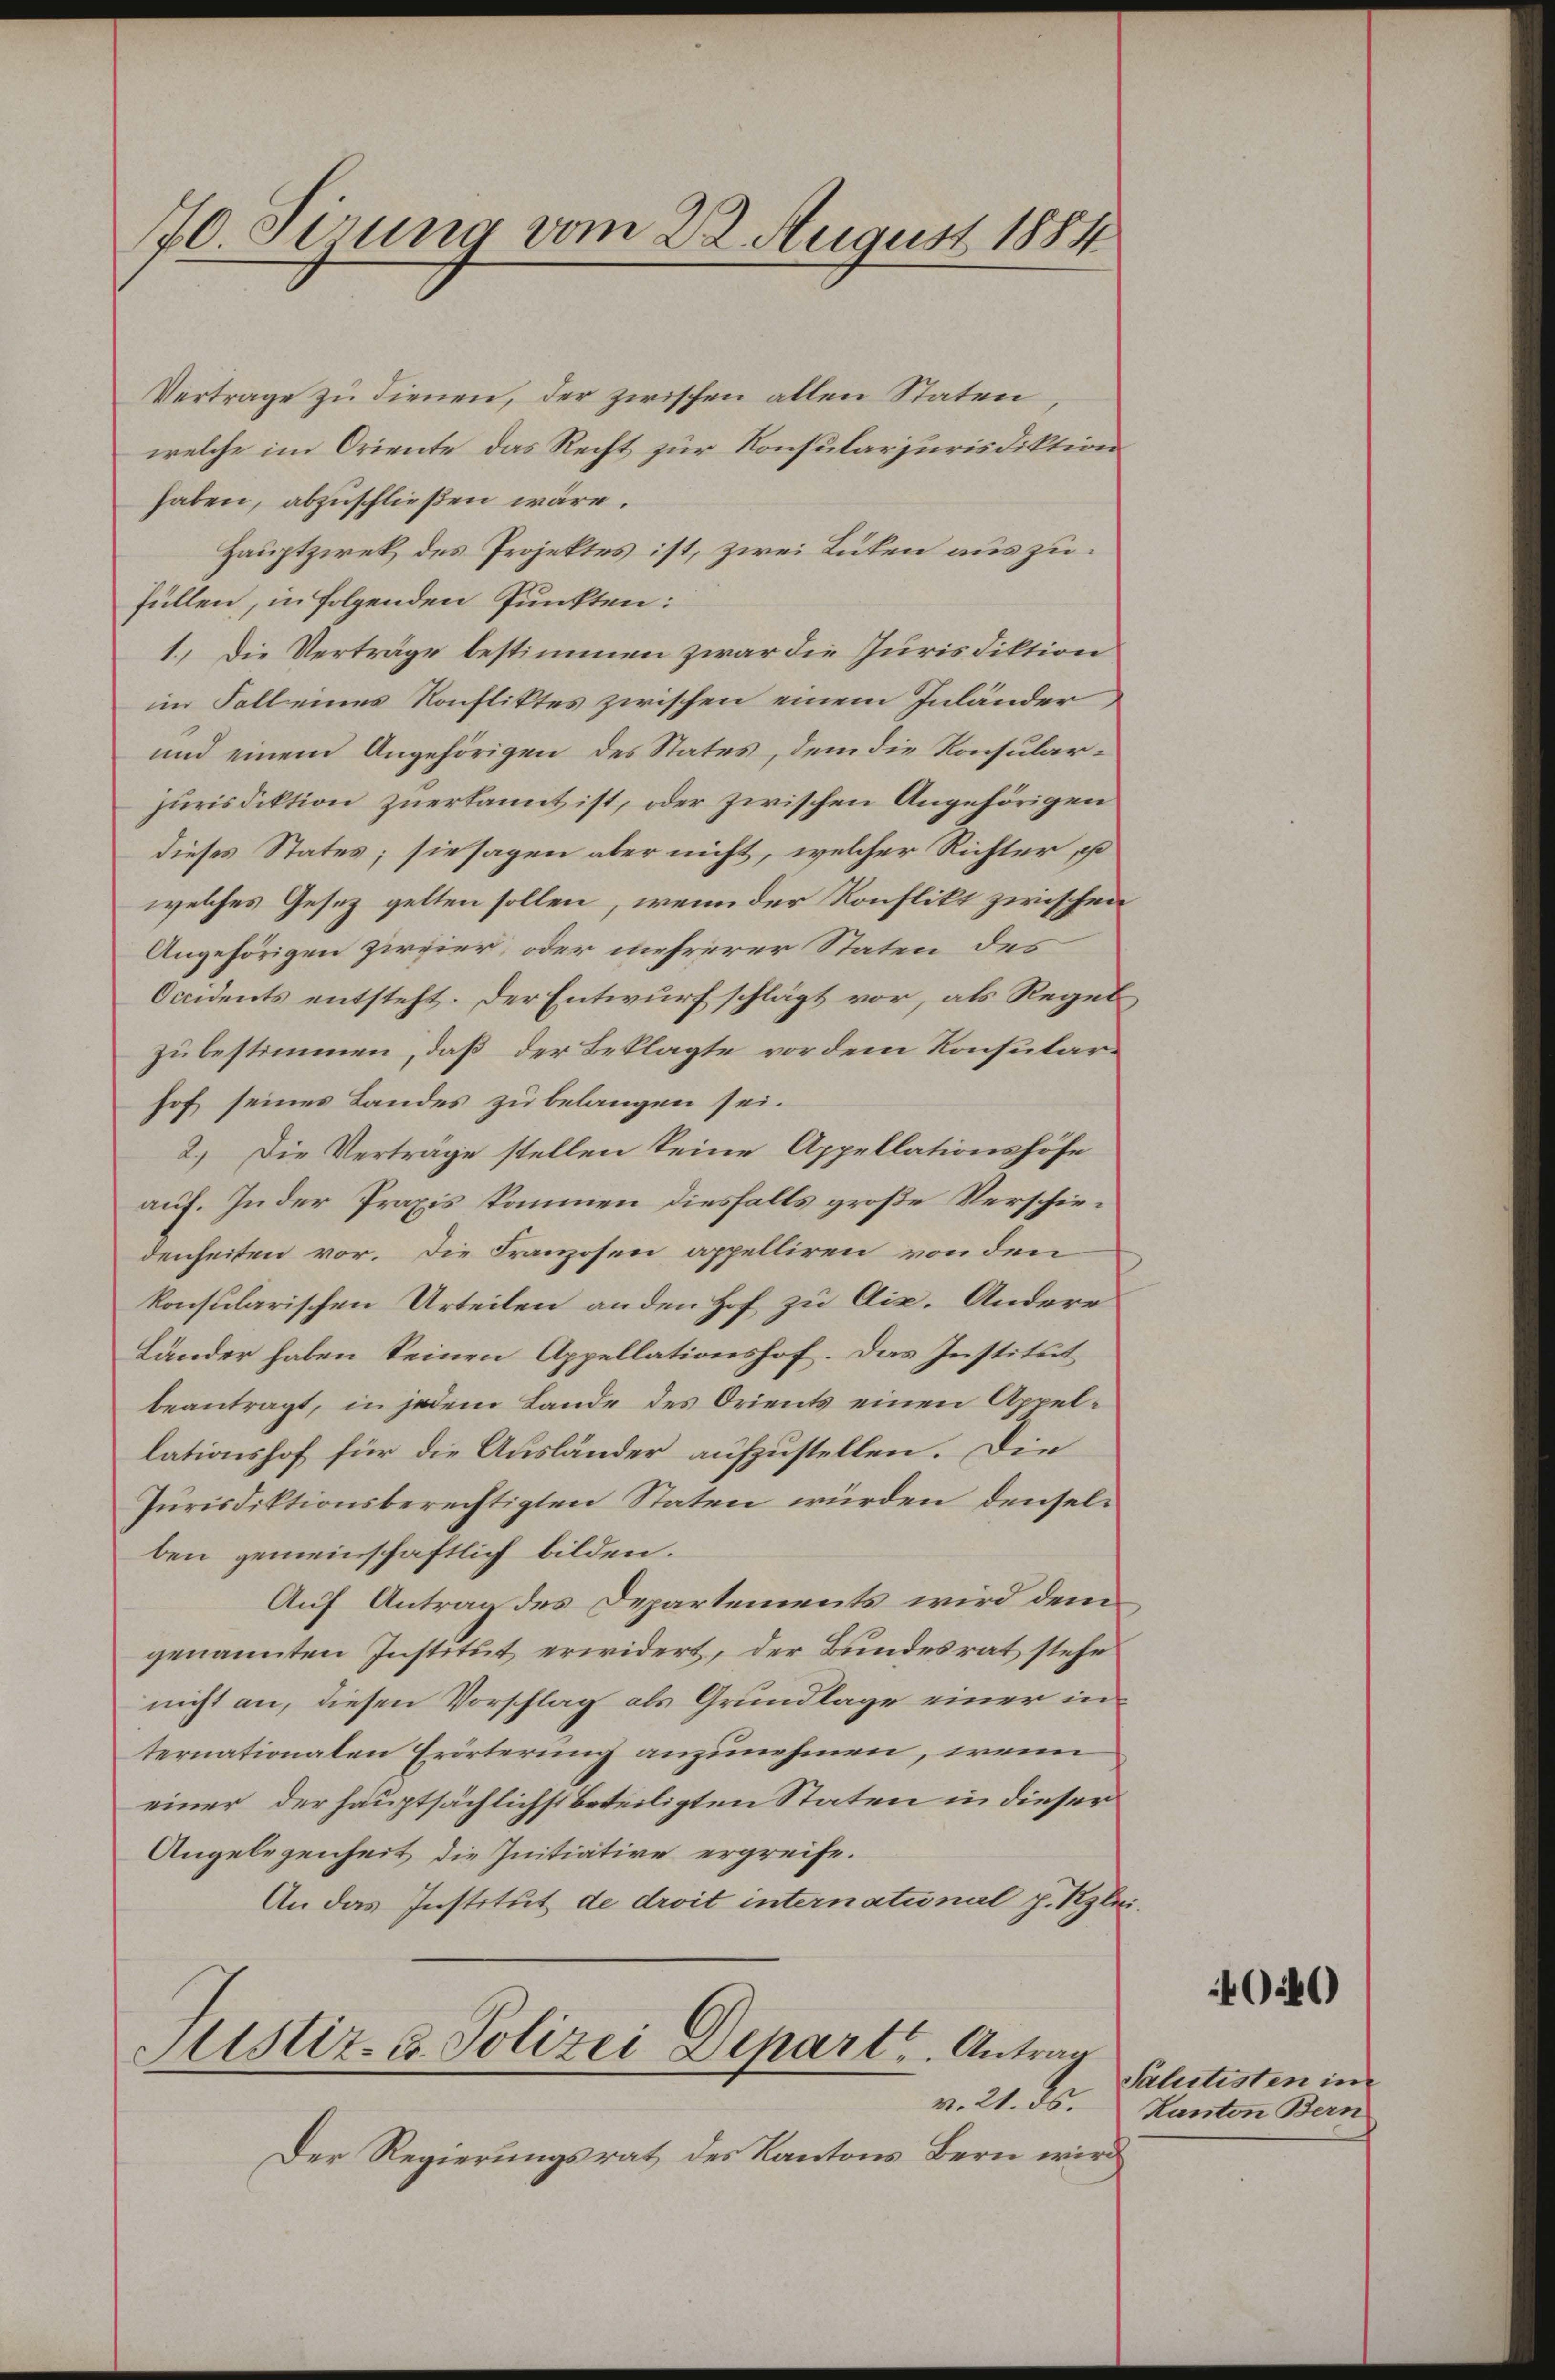
70 Sirung vom 22. August 1884

Vertrage zŭ dienen, der zwischen allen Staten,
welche im Oriente das Recht zur Konsularsurisdiktion
haben, abzuschließen wäre.
Hauptzwek des Projektes ist, zwei Lüten auszufüllen, in folgenden Punkten:
1. Die Verträge bestimmen zwar die Jurisdiktion
im Fall eines Konfliktes zwischen einem Inländer
und einem Angehörigen des States, dem die Konsular¬
Jurisdiktion zuerkannt ist, oder zwischen Angehörigen
dieses States; sie sagen aber nicht, welcher Richter, po
welches Gesez gelten sollen, wenn der Konflikt zwischen
Angehörigen zirvier, oder mehrerer Staten des
Occidents entsteht. Der Entwurf schlägt vor, als Regel
zubestimmen, daß der Beklagte vor dem Konsularhof seines Landes zu belangen sei.
2.) Die Verträge stellen keine Appellationshöfe
auf. In der Praxis kommen diesfalls große Verschiedenheiten vor. Die Franzosen appelliren von den
konsularischen Urteilen anden Hof zu Ais. Andere
Länder haben keinen Appellationshof. Das Institut
beantragt, in jedem Lande des Orients einen Appellationshof für die Ausländer aufzustellen. Die
Jurisdiktionsberechtigten Staten würden, denselben gemeinschaftlich bilden.
Auf Antrag des Departements wird dem
genannten Institut erwidert, der Bundesrat stehe
nicht an, diesen Vorschlag als Grundlage einer internationalen Erörterung anzunehmen, wenn
einer der hauptsächlichst beteiligten Staten in dieser
Angelegenheit die Initiative ergreife.
An das Institut de droit international p. Klei¬

Sistiz- u. Polizei Depart. Antrag
v. 21. ds.

Der Regierungsrat des Kantons Bern wird

400

Salutisten im
Kanton Bern